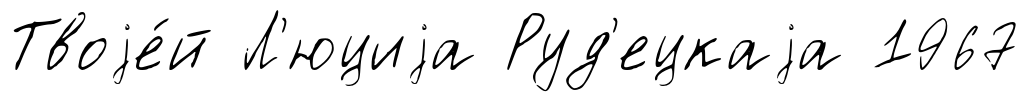
Твоjе́й Л'юциjа Руд'ецкаjа 1967